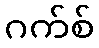
ဂက်စ်